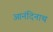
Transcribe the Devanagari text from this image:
आनंदिनाथ